Trukikaitis_Postimees, lk 49
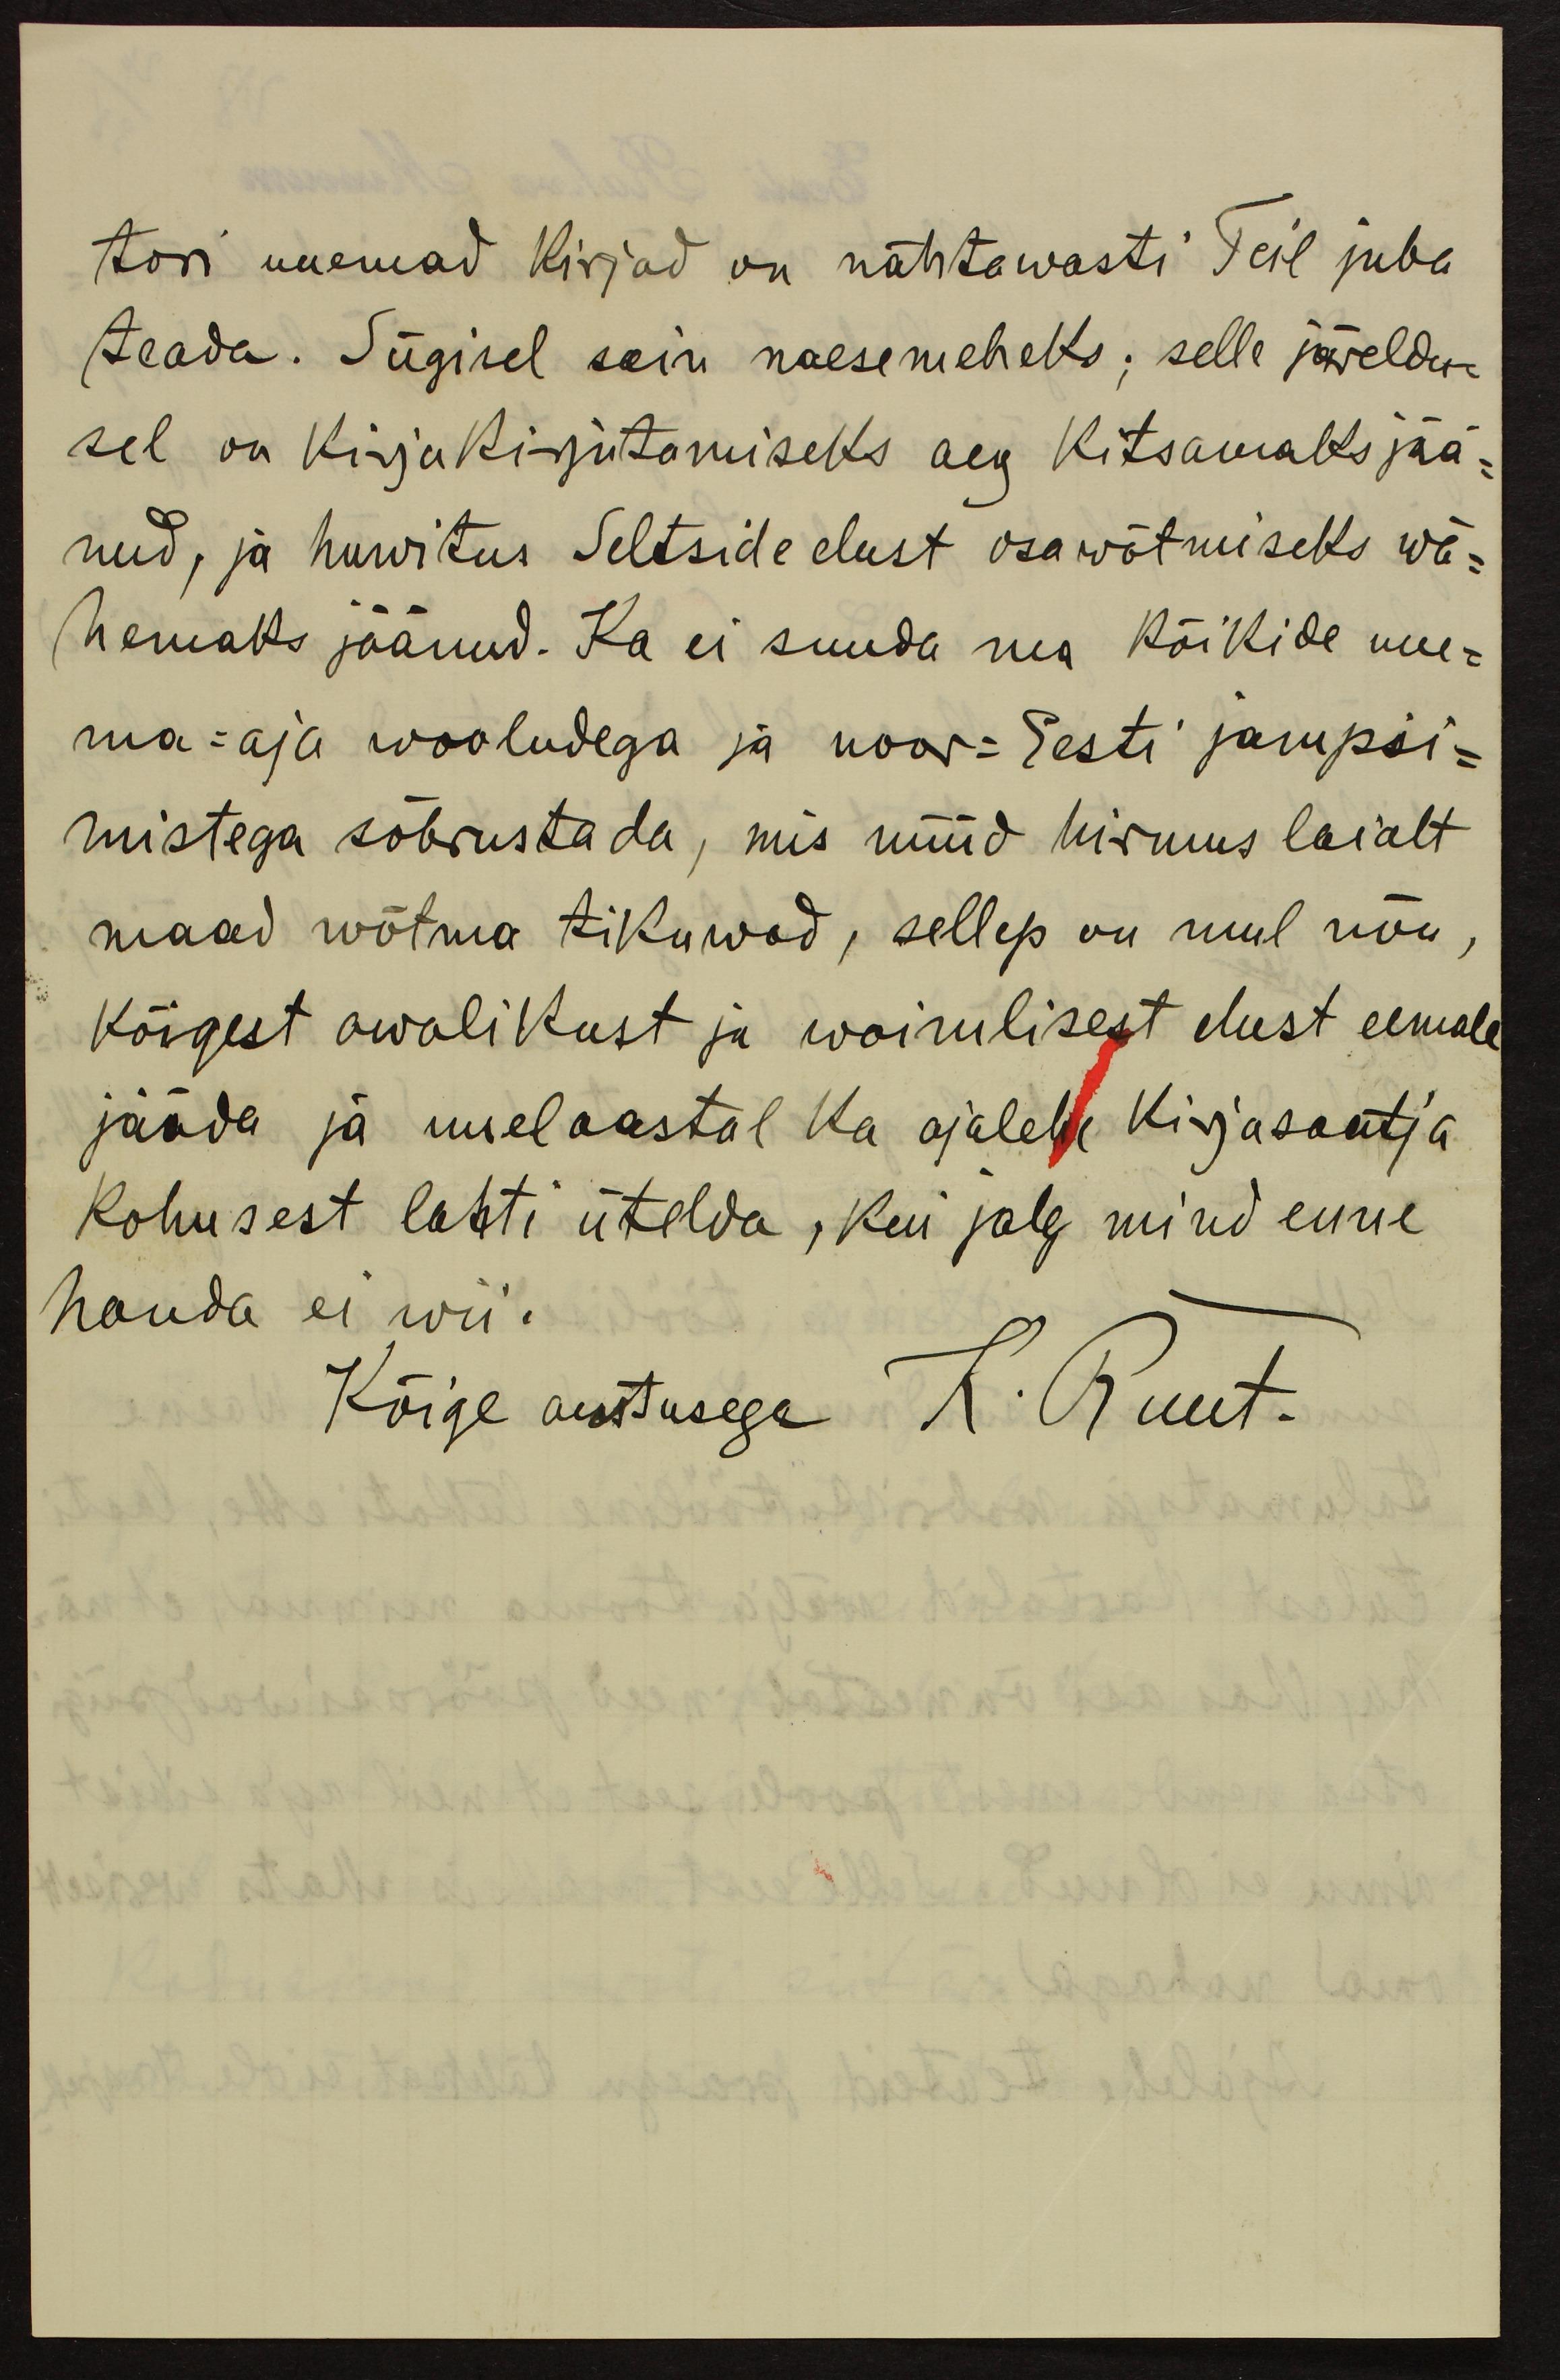
tori uuemad kirjad on nähtawasti Teil juba
teada. Sügisel sain naesemeheks; selle järeldu-
sel on kirjakirjutamiseks aeg kitsamaks jää-
nud, ja huwitus Seltside elust osawõtmiseks wä-
hemaks jäänud. Ka ei suuda ma kõikide uue-
ma-aja wooludega ja noor-Eesti jampsi-
mistega sõbrustada, mis nüüd hirmus laialt
maad wõtma tikuwad, sellep on mul nõu,
kõigest awalikust ja waimlisest elust eemale
jääda ja uuelaastal ka ajalehe kirjasaatja
kohusest lahti ütelda, kui jalg mind enne
hauda ei wii.
Kõige austusega K. Ruut.